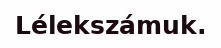
Lélekszámuk.